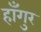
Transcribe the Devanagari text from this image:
हाँगुर